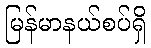
မြန်မာနယ်စပ်ရှိ